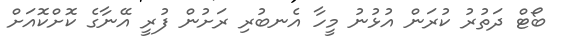
ބޯޓް ދަތުރު ކުރަން އުޅުނު މީހާ އެނބުރި ރަށުން ފުރީ އޭނާގެ ކޮށްކޮއަށް